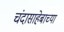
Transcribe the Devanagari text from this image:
चंदासाहेबाच्या